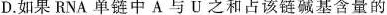
D.如果RNA单链中A与U之和占该链碱基含量的